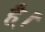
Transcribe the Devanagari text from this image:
है्।